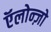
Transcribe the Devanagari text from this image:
ऍलोन्ज़ो